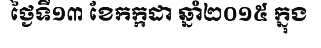
ថ្ងៃទី១៣ ខែកក្កដា ឆ្នាំ២០១៥ ក្នុង